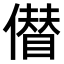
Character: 𠏝